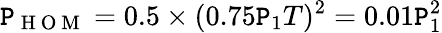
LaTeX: \mathtt{P}_{\mathrm{{~H~O~M~}}}=0.5\times(0.75\mathtt{P}_{1}T)^{2}=0.01\mathtt{P}_{1}^{2}